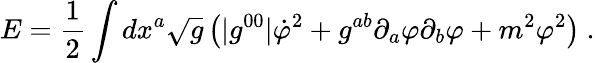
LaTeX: E={\frac{1}{2}}\int dx^{a}\sqrt{g}\left(|g^{00}|\dot{\varphi}^{2}+g^{ab}\partial_{a}\varphi\partial_{b}\varphi+m^{2}\varphi^{2}\right)\ .